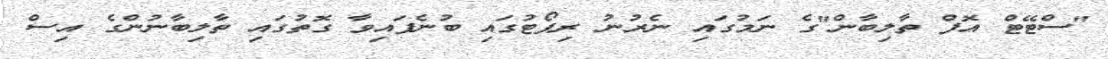
"ސްޓޭޓް އޮފް ތާލިބާން"ގެ ނަމުގައި ނެރުނު ރިޕޯޓުގައި ބުނެފައިވާ ގޮތުގައި ތާލިބާނުންގެ އިސް